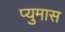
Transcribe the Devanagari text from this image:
प्युमास